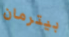
بيترمان